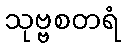
သုဗ္ဗစတရံ